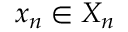
x _ { n } \in X _ { n }